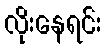
လိုးနေရင်း